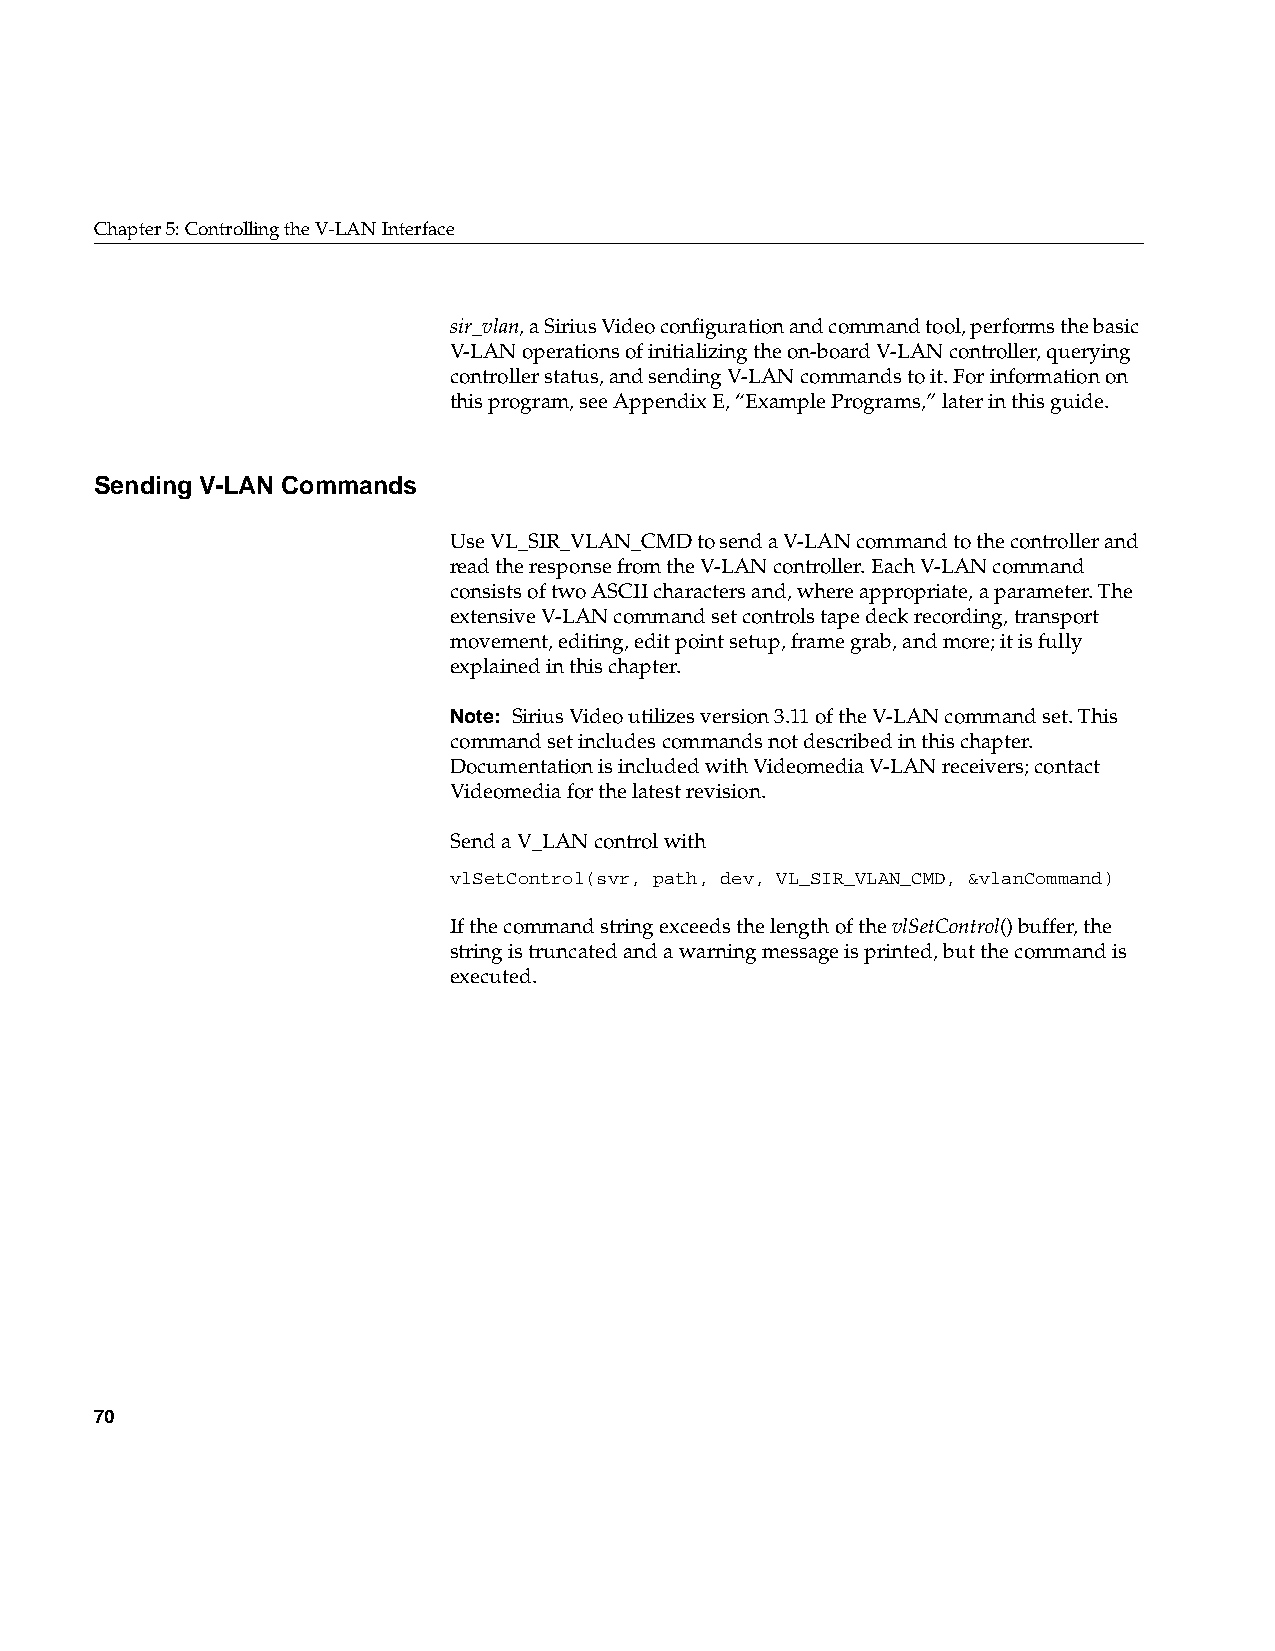
Chapter5: Controlling the V-LAN Interface
 sir_vlan, a Sirius Video configuration and command tool, performs the basic
 V-LAN operations of initializing the on-board V-LAN controller, querying
 controller status, and sending V-LAN commands to it. For information on
 this program, see AppendixE, “Example Programs,” later in this guide.
 Sending V-LAN Commands
 Use VL_SIR_VLAN_CMD to send a V-LAN command to the controller and
 read the response from the V-LAN controller. Each V-LAN command
 consists of two ASCII characters and, where appropriate, a parameter. The
 extensive V-LAN command set controls tape deck recording, transport
 movement, editing, edit point setup, frame grab, and more; it is fully
 explained in this chapter.
 Note: Sirius Video utilizes version 3.11 of the V-LAN command set. This
 command set includes commands not described in this chapter.
 Documentation is included with Videomedia V-LAN receivers; contact
 Videomedia for the latest revision.
 Send a V_LAN control with
 vlSetControl(svr, path, dev, VL_SIR_VLAN_CMD, &vlanCommand)
 If the command string exceeds the length of thevlSetControl() buffer, the
 string is truncated and a warning message is printed, but the command is
 executed.
 70